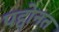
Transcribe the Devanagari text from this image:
पद्दोनत